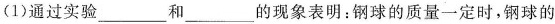
(1)通过实验___和___的现象表明：在滚下的速度相同时，钢球的质量越大，它的动